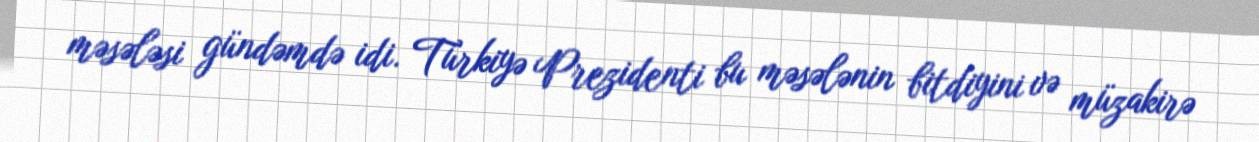
məsələsi gündəmdə idi. Türkiyə Prezidenti bu məsələnin bitdiyini və müzakirə